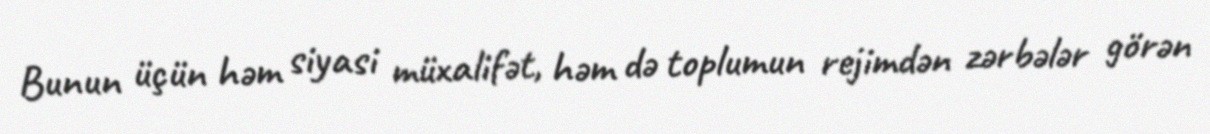
Bunun üçün həm siyasi müxalifət, həm də toplumun rejimdən zərbələr görən